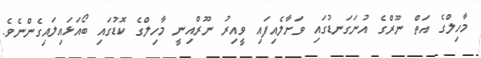
މާހިލްގެ އަތް ނޫރްގެ އުނަގަނޑުގައި ވަށާލެއިފައި ވީއިރު ނޫރްއިނީ މާހިލްގެ ކޮޑުގައި ބޯއަޅައިލައިގެންނެވެ.